Scottish Leaving Certificate Examination, 1961
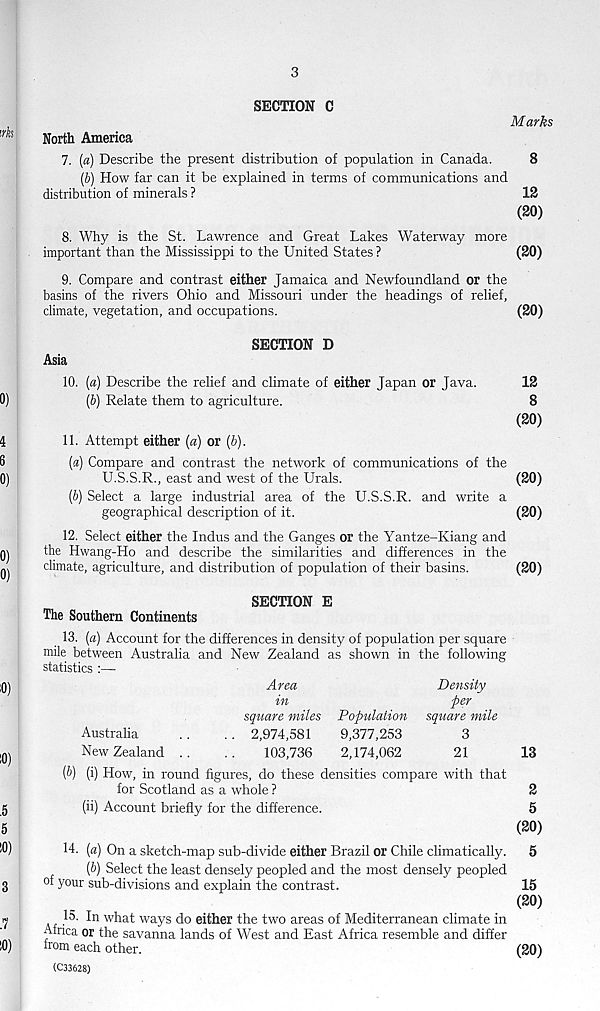
3
SECTION C
Marks
North America
7. [a] Describe the present distribution of population in Canada.
8
[b) How far can it be explained in terms of communications and
distribution of minerals ?
12
(20)
8. Why is the St. Lawrence and Great Lakes Waterway more
important than the Mississippi to the United States ?
(20)
9. Compare and contrast either Jamaica and Newfoundland or the
basins of the rivers Ohio and Missouri under the headings of relief,
climate, vegetation, and occupations.
(20)
SECTION D
Asia
10. (a) Describe the relief and climate of either Japan or Java.
12
(b) Relate them to agriculture.
8
(20)
11. Attempt either (a) or (b).
(a) Compare and contrast the network of communications of the
U.S.S.R., east and west of the Urals.
(20)
(b) Select a large industrial area of the U.S.S.R. and write a
geographical description of it.
(20)
12. Select either the Indus and the Ganges or the Yantze-Kiang and
the Hwang-Ho and describe the similarities and differences in the
climate, agriculture, and distribution of population of their basins.
(20)
SECTION E
The Southern Continents
13. (a) Account for the differences in density of population per square
mile between Australia and New Zealand as shown in the following
statistics :—■
Area
Density
in
per
square miles Population square mile
Australia
..
.. 2,974,581
9,377,253
3
New Zealand ..
..
103,736
2,174,062
21
[V) (i) How, in round figures, do these densities compare with that
for Scotland as a whole ?
(ii) Account briefly for the difference.
14. [a) On a sketch-map sub-divide either Brazil or Chile climatically.
Ip) Select the least densely peopled and the most densely peopled
of your sub-divisions and explain the contrast.
15. In what ways do either the two areas of Mediterranean climate in
Africa or the savanna lands of West and East Africa resemble and differ
from each other.
(C33628)
13
2
5
(20)
5
15
(20)
(20)